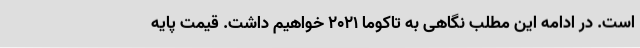
است. در ادامه این مطلب نگاهی به تاکوما 2021 خواهیم داشت. قیمت پایه